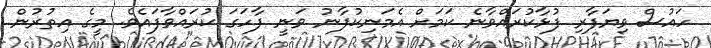
ހައުސް ވިޔަފާރި ފުޅާކުރައްވާނެ ކަމަށް އެމަނިކުފާނު ވަނީ ފާހަގަ ކުރައްވާފައެވެ. މީގެ އިތުރުން